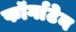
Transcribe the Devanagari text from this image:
फॉर्गाटेन